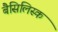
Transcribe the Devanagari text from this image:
बैसिलिस्क